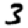
Digit: 3